Source: Handwritten
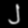
Digit: ၂ (2)